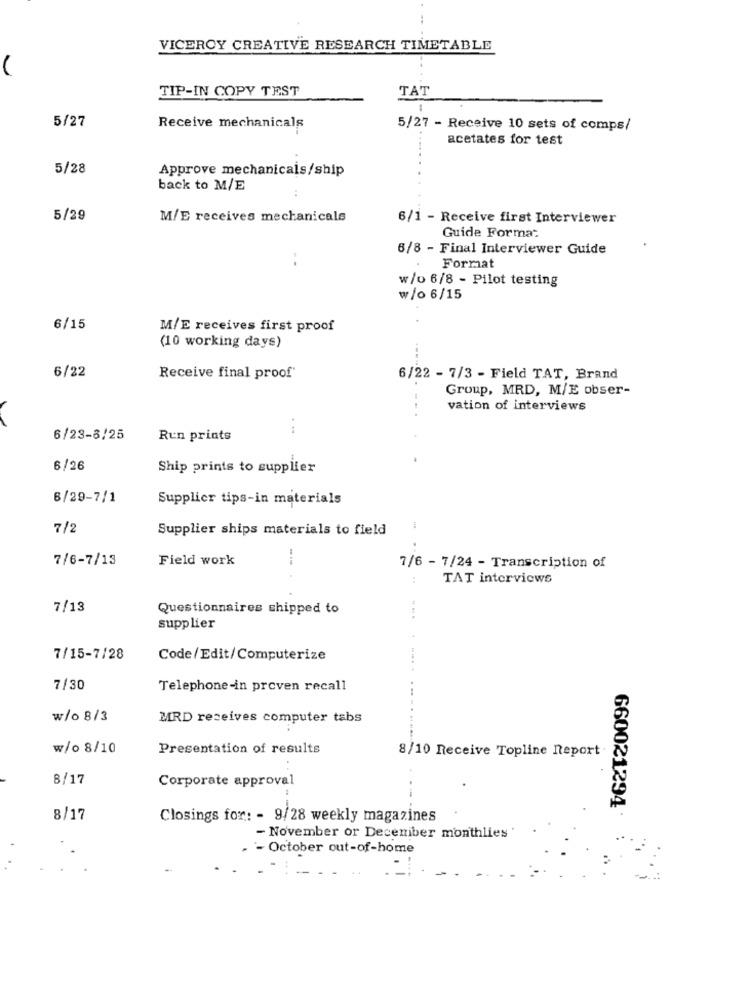
VICEROY CREATIVE RESEARCH TIMETABLE
TIP-IN COPY TEST
TAT
5/27
Receive mechanicals
5/27 - Receive 10 sets of comps/
acetates for test
5/28
Approve mechanicals/ship
back to M/E
5/29
M/E receives mechanicals
6/1 - Receive first Interviewer
Guide Forma-
6/8 - Final Interviewer Guide
Format
w/o 6/8 - Pilot testing
₩/o 6/15
6/15
M/E receives first proof
(10 working days)
6/22
Receive final proof'
6/22 - 7/3 - Field TAT, Brand
Group, MRD, M/E obser-
vation of interviews
6/23-8/25
Run prints
6/26
Ship prints to supplier
6/29-7/1
Supplier tips-in materials
7/2
Supplier ships materials to field
7/6-7/13
Field work
7/6 - 7/24 - Transcription of
:
TAT interviews
7/13
Questionnaires shipped to
supplier
7/15-7/28
Code/Edit/Computerize
7/30
Telephone-in proven recall
w/o 8/3
MRD receives computer tabs
w/o 8/10
Presentation of results
8/10 Receive Topline Report
8/17
Corporate approval
660021294
8/17
Closings for: - 9/28 weekly magazines
- November or December monthlies
- October out-of-home